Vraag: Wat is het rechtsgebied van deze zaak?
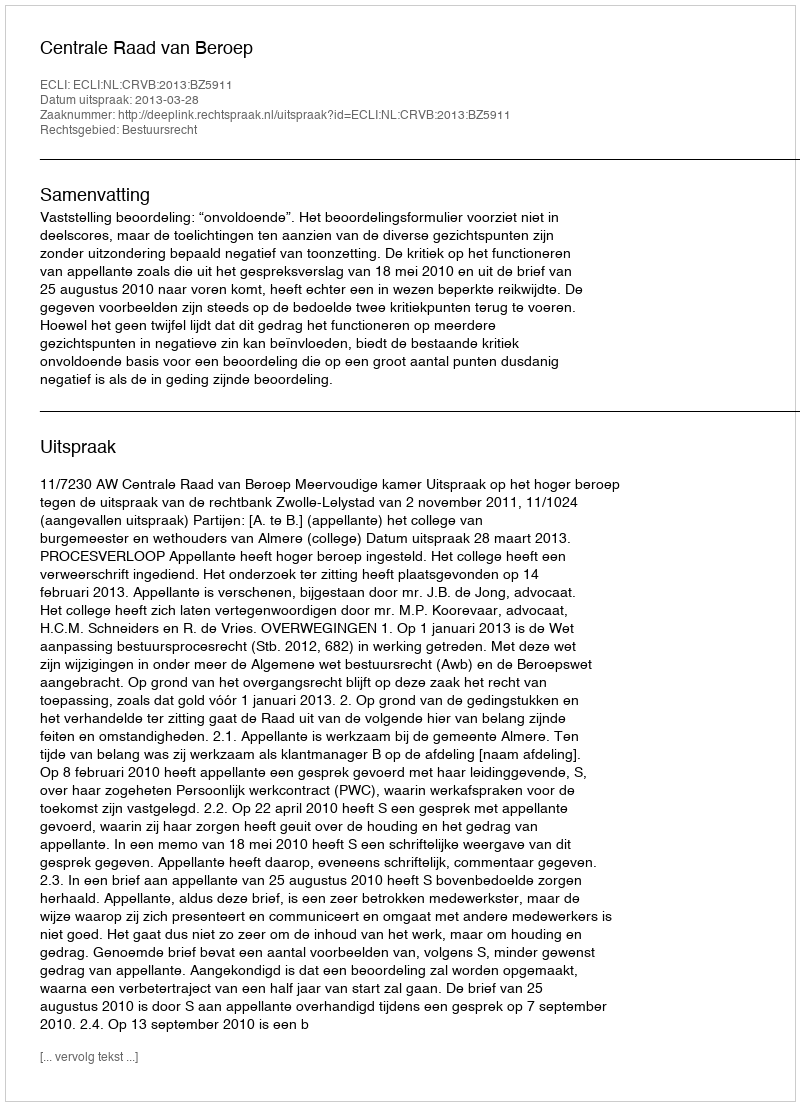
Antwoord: Bestuursrecht